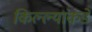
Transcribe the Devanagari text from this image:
किल्ल्यांकडे